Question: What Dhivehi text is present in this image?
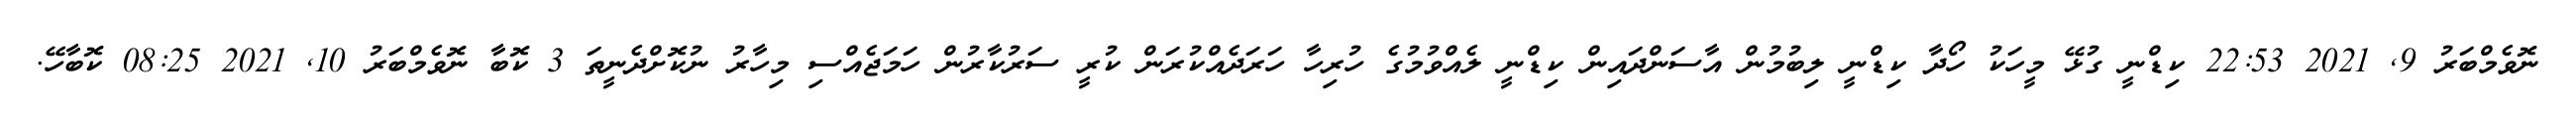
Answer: ނޮވެމްބަރު 9, 2021 22:53 ކިޑްނީ ގުޅޭ މީހަކު ހޯދާ ކިޑްނީ ލިބުމުން އާސަންދައިން ކިޑްނީ ލެއްވުމުގެ ހުރިހާ ހަރަދެއްކުރަން ކުރީ ސަރުކާރުން ހަމަޖެއްސި މިހާރު ނުކޮށްދެނީތަ 3 ކޮބާ ނޮވެމްބަރު 10, 2021 08:25 ކޮބާހޭ.